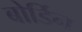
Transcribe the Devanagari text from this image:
बोर्डिन